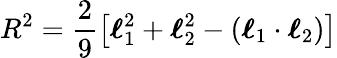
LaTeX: R^{2}=\frac{2}{9}\left[\boldsymbol{\ell}_{1}^{2}+\boldsymbol{\ell}_{2}^{2}-(\boldsymbol{\ell}_{1}\cdot\boldsymbol{\ell}_{2})\right]